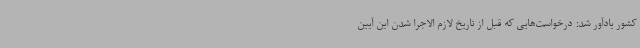
کشور یادآور شد: درخواست‌هایی که قبل از تاریخ لازم الاجرا شدن این آیین